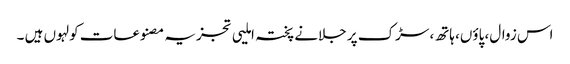
اس زوال، پاؤں، ہاتھ، سڑک پر جلانے پختہ املیی تجزیہ مصنوعات کولہوں ہیں ۔